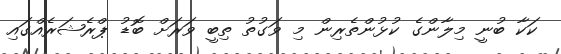
ކަކާ ބުނީ މިލާންގެ ކުޅުންތެރިން މި ވަގުތު ތިބީ ވަރަށް ބޮޑު ޕްރެޝަރެއްގައި